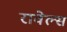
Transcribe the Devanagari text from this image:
रावेल्स